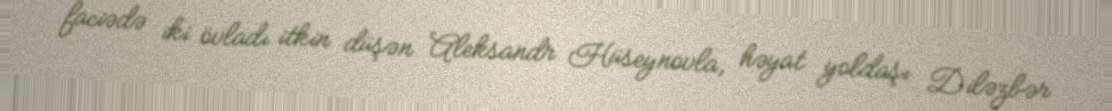
faciədə iki övladı itkin düşən Aleksandr Hüseynovla, həyat yoldaşı Diləzbər